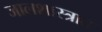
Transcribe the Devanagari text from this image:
जालशास्त्रात